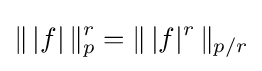
\|\,|f|\,\|_{p}^{r}=\|\,|f|^{r}\,\|_{p/r}